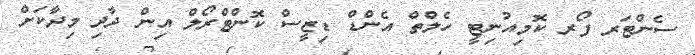
ސެންޓަރ ފޯރ ކޮމިއުނިޓީ ހެލްތް އެންޑް ޑިޒީސް ކޮންޓްރޯލް އިން ދާދި މިދާކަށް